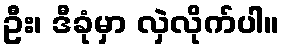
ဦး၊ ဒီခုံမှာ လှဲလိုက်ပါ။